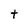
Character: t